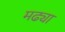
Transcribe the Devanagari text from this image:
मढ्या